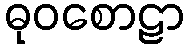
ဓုဝစောဠာ